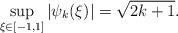
LaTeX: \begin{align*}\sup_{\xi\in[-1,1]}|\psi_k(\xi)|&=\sqrt{2k+1}.\end{align*}